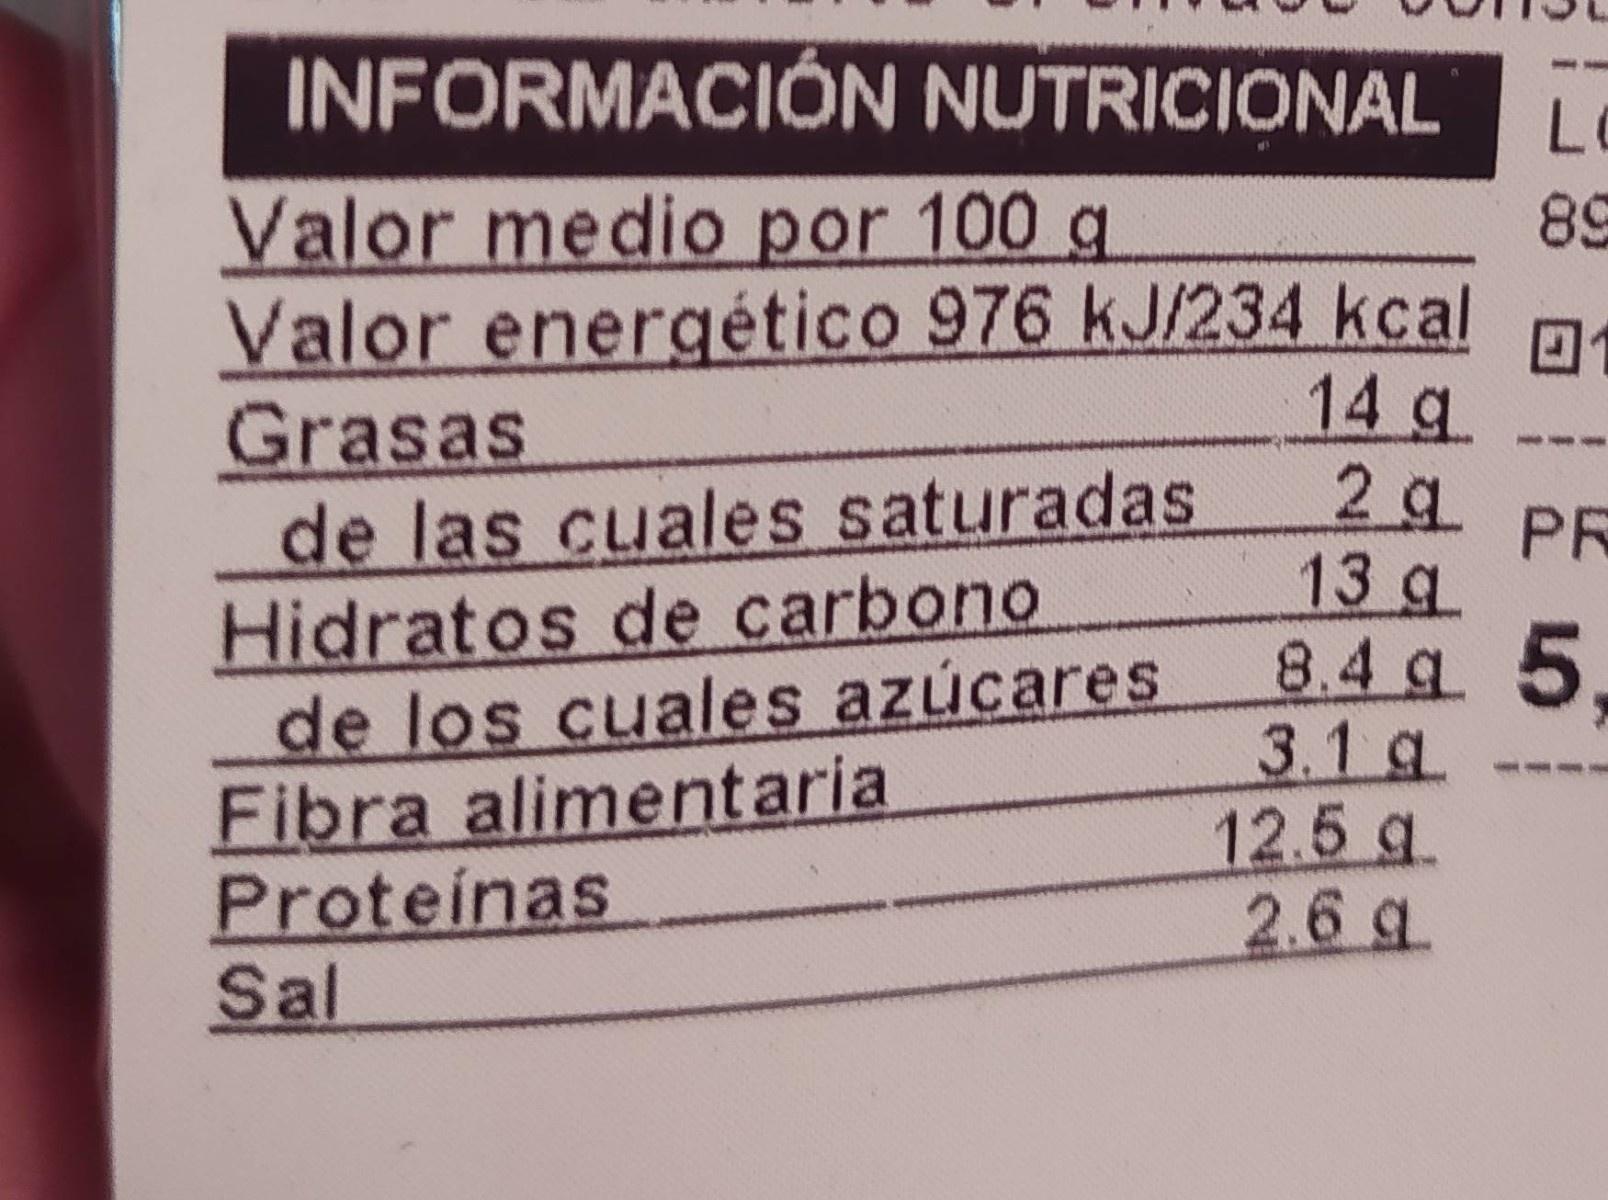
INFORMACIÓN NUTRICIONAL
Lo
Valor medio por 100 g Valor energético 976 kJ/234 kcal Grasas de las cuales saturadas Hidratos de carbono de los cuales azúcares Fibra alimentaria Proteinas Sal
89
14 g 2g
PR 13 g 8.4 q 5 3.1 g 12.5 g 2.6 g